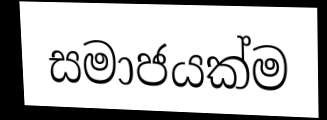
සමාජයක්ම